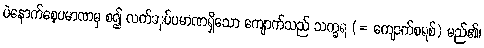
ပဲနောက်စေ့ပမာဏမှ စ၍ လက်ဆုပ်ပမာဏရှိသော ကျောက်သည် သက္ခရ (= ကျောက်စရစ်) မည်၏၊